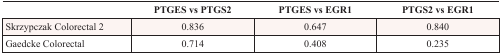
|  | PTGES vs PTGS2 | PTGES vs EGR1 | PTGS2 vs EGR1 |
 | --- | --- | --- | --- |
 | Skrzypczak Colorectal 2 | 0.836 | 0.647 | 0.840 |
 | Gaedcke Colorectal | 0.714 | 0.408 | 0.235 |